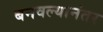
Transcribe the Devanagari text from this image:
बनवल्यानंतर